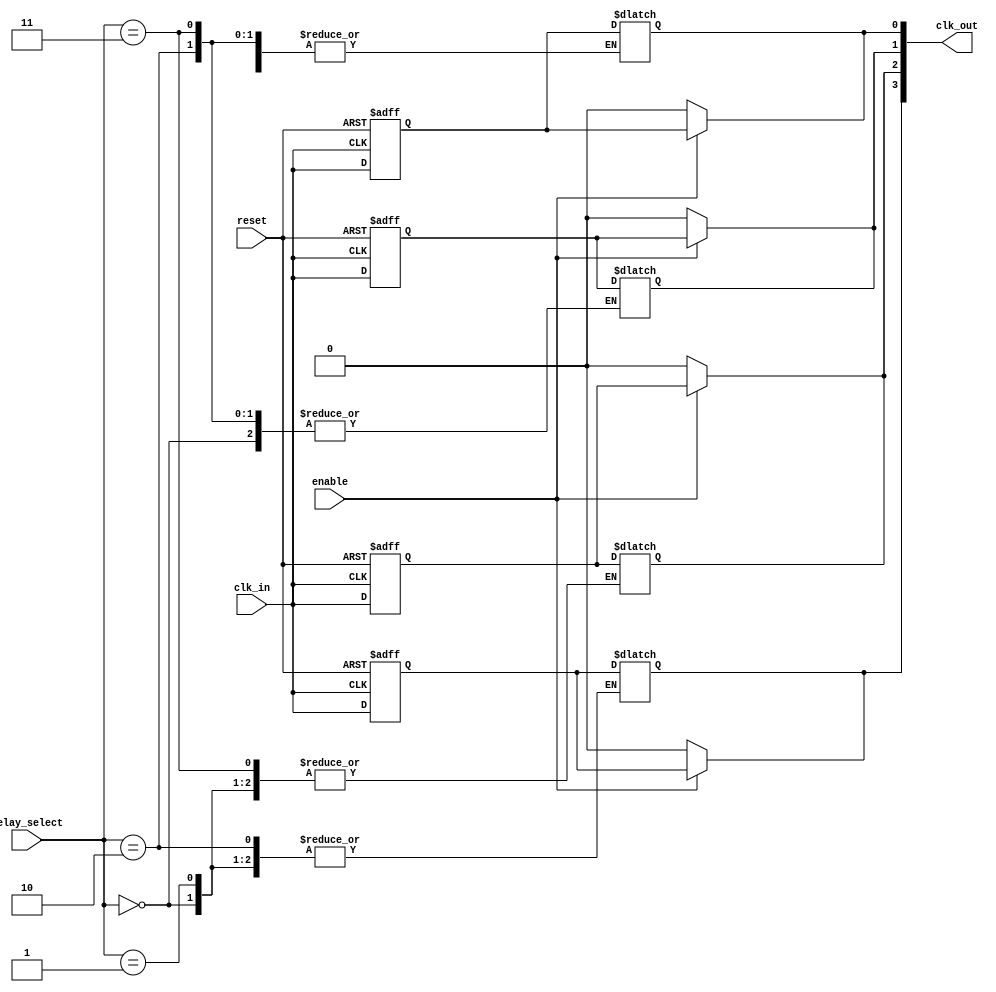
module SkewOptimizedClockBuffer (
    input wire clk_in,                    // Input clock signal
    input wire [3:0] delay_select,        // Programmable delay selection (4 bits for 16 levels)
    output wire [3:0] clk_out,            // Output clock signals
    input wire enable,                     // Enable signal for clock gating
    input wire reset                       // Asynchronous reset
);

// Internal wires for delayed clocks
wire [3:0] clk_delayed;

// Example delay lines (parameters can be adjusted based on technology)
generate
    genvar i;
    for (i = 0; i < 4; i = i + 1) begin : delay_generator
        // A simple delay element (this would be technology specific)
        // Here we are just using a simple register to simulate delay
        reg clk_reg;
        always @(posedge clk_in or posedge reset) begin
            if (reset)
                clk_reg <= 1'b0;
            else
                clk_reg <= clk_in;
        end
        assign clk_delayed[i] = clk_reg;
    end
endgenerate

// Output drivers with clock gating
generate
    for (i = 0; i < 4; i = i + 1) begin : output_driver
        assign clk_out[i] = enable ? clk_delayed[i] : 1'b0; // Clock gating
    end
endgenerate

// Clock skew adjustment logic (basic example)
always @* begin
    case (delay_select)
        4'b0000: clk_out[0] = clk_delayed[0]; // No delay
        4'b0001: clk_out[1] = clk_delayed[1]; // Slight delay
        4'b0010: clk_out[2] = clk_delayed[2]; // Moderate delay
        4'b0011: clk_out[3] = clk_delayed[3]; // More delay
        // Add more cases as needed
        default: begin
            clk_out[0] = clk_delayed[0];
            clk_out[1] = clk_delayed[1];
            clk_out[2] = clk_delayed[2];
            clk_out[3] = clk_delayed[3];
        end
    endcase
end

endmodule